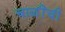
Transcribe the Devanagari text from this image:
चाळींची